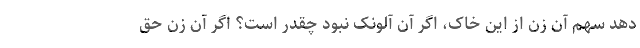
دهد سهم آن زن از این خاک، اگر آن آلونک نبود چقدر است؟ اگر آن زن حق